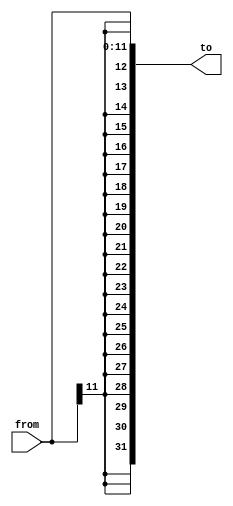
`ifndef __SignExtend12To32__
`define __SignExtend12To32__

// extend 2's compliement with 12 bits to 32 bits 
module SignExtend12To32(
    from,
    to
);
    input wire [11:0] from;
    output wire [31:0] to;

    assign to = {
        from[11],
        from[11],
        from[11],
        from[11],
        from[11],
        from[11],
        from[11],
        from[11],
        from[11],
        from[11],
        from[11],
        from[11],
        from[11],
        from[11],
        from[11],
        from[11],
        from[11],
        from[11],
        from[11],
        from[11],
        from
    };
endmodule // SignExtend12To32

`endif